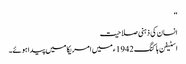
‘‘
انسان کی ذہنی صلاحیت
اسٹیفن ہاکنگ 1942ء میں امریکا میں پیدا ہوئے۔